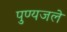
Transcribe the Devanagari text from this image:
पुण्यजले